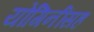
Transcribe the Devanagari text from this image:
योगिनींसह